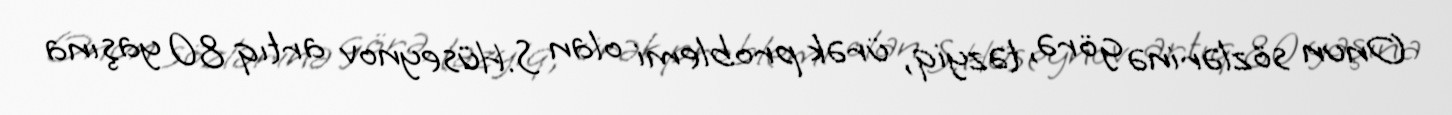
Onun sözlərinə görə, təzyiq, ürək problemi olan S.Hüseynov artıq 80 yaşına